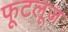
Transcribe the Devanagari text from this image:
फूटलूज